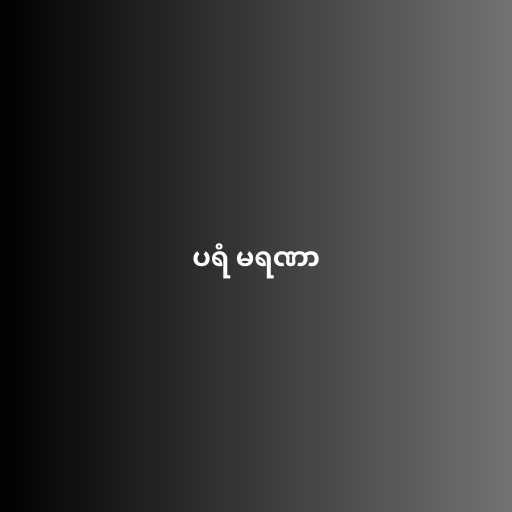
ပရံ မရဏာ